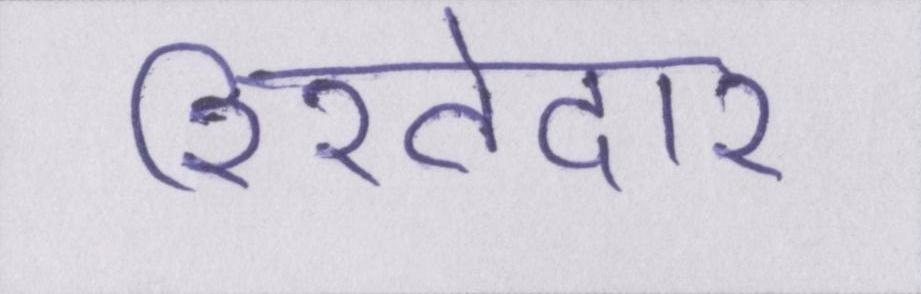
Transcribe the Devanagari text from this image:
रिश्तेदार